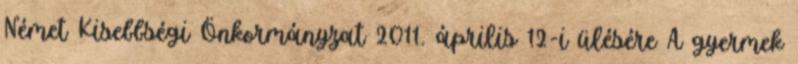
Német Kisebbségi Önkormányzat 2011. április 12-i ülésére A gyermek